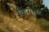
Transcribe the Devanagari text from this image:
किंगसन